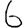
Digit: 6